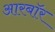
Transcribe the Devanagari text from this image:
आरबॉर